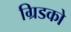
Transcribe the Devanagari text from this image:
ग्रिडको